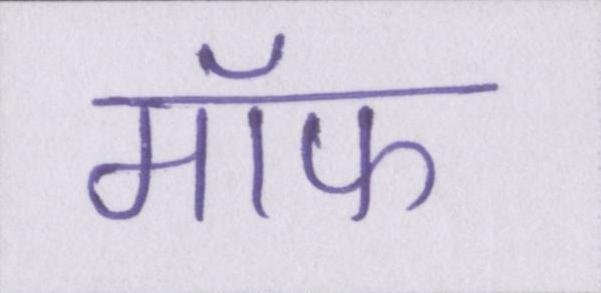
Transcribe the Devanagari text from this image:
मॉफ